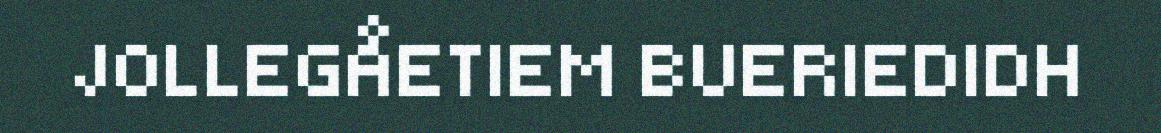
JOLLEGÅETIEM BUERIEDIDH